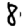
Digit: 8